system: You are a helpful assistant.
user:
Analyze the provided spectrum to determine if it is a **White Dwarf (WD)**.

A White Dwarf spectrum is defined by its **extreme purity** (due to gravitational settling) and/or **extreme pressure broadening** (due to high surface gravity). You must check for one of the following mutually exclusive signatures:

- **Key Visual Indicators (Check for ONE of these types):**

    - **1. DA-Type Signature (Most Common):**
        - **(Primary Feature):** Extreme pressure broadening (Stark broadening) of the **Hydrogen (H) Balmer lines**.
        - **(Key Lines):** $H\beta$ (approx. $4861$ Å) and $H\gamma$ (approx. $4340$ Å). $H\alpha$ (approx. $6563$ Å) will also be present if the wavelength range covers it.
        - **(Line Profile):** This is the **defining feature**. The lines are **NOT** sharp. They appear as massive, **extremely broad and deep "troughs" or "dips"** in the spectrum, often hundreds of Ångströms wide. The continuum will appear to "scoop" down at these wavelengths.
        - **(Distinction):** Normal A-type or B-type stars have *narrow* and *sharp* Hydrogen lines. A DA White Dwarf's lines are unmistakably "smeared" or "blurry" from pressure.

    - **2. DB-Type Signature:**
        - **(Primary Feature):** Broad absorption lines from **Neutral Helium (He I)**. The spectrum must lack any visible Hydrogen lines.
        - **(Key Lines):** Look for broad absorption near $4471$ Å, $4921$ Å, and $5876$ Å.
        - **(Line Profile):** These lines are also significantly pressure-broadened, appearing much wider than they would in a normal B-type main-sequence star.

    - **3. DC-Type Signature:**
        - **(Primary Feature):** A **featureless continuous spectrum**.
        - **(Line Profile):** The spectrum is a smooth curve with **no significant absorption or emission lines**.
        - **(Key Confirmation):** The continuum is almost always **blue or white**, indicating a hot object. This signature implies the atmosphere is so pure (or so cool) that no spectral lines are visible in the optical range. Its WD identity is confirmed by its extremely low intrinsic brightness (high absolute magnitude).

    - **4. DZ-Type Signature (Metal-Polluted):**
        - **(Primary Feature):** **Isolated, narrow metal absorption lines** on an otherwise featureless (DC-like) continuum.
        - **(Key Lines):** The **Calcium (Ca II) H & K doublet** (approx. **$3934$ Å** and **$3968$ Å**) is the most common and defining feature.
        - **(Line Profile):** These lines are "out of place." They are *not* part of a "forest" of thousands of lines. This signature is evidence of recent *accretion* (pollution) from rocky debris.
        - **(Distinction):** Normal G/K/M stars have a *dense forest* of thousands of metal lines. A DZ has a *clean* continuum with *only a few* strong metal lines.

    - **5. DQ-Type Signature (Carbon-Polluted):**
        - **(Primary Feature):** Absorption bands from **Carbon (C₂ "Swan Bands" or atomic C I)**.
        - **(Key Lines - C₂):** Look for bandheads with a "saw-tooth" shape near $5635$ Å, **$5165$ Å** (strongest), and $4737$ Å.
        - **(Key Confirmation):** The underlying **continuum must be blue or white** (hot).
        - **(Distinction):** This is the critical difference from a **Carbon Star**, which has the *exact same* C₂ bands but on an extremely **red, cool** continuum.

- **(Overall Spectrum):**
    - The continuum (overall shape) is typically **blue-sloping** (brighter in the blue than the red), as most white dwarfs are very hot.
    - The spectrum will look "pure" or "simple," dominated by only *one* of the five signatures listed above.

Think first, call **spectral_visualization_tool** if needed to examine features in detail, then provide your final answer. Your response must adhere to the following strict rules:
1.  **Overall Structure:** Your response must follow the format `<think>...</think> <tool_call>...</tool_call> (if a tool is used) <answer>...</answer>`.
2.  **Tool Usage Constraint:** You may only make **one** tool call per turn.
3.  **Final Answer Format:** In the `<answer>` tag, your conclusion must be inside a `\boxed{}` command (e.g., `\boxed{YES}` or `\boxed{NO}`), followed by your justification.

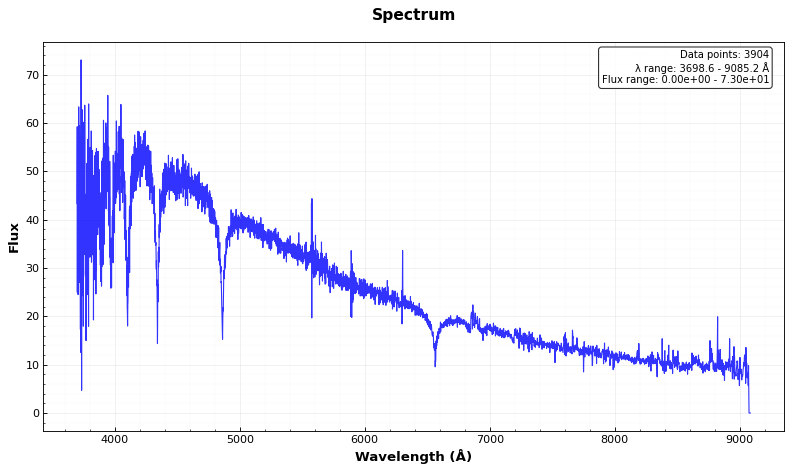
Answer: YES